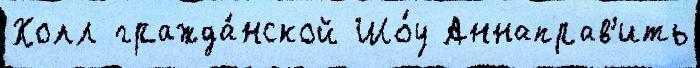
Холл гражда́нской Шо́у Аннаправ'ить